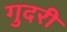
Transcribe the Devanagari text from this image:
गुदरी